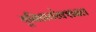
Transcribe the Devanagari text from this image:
यूनिडायरेक्शनल